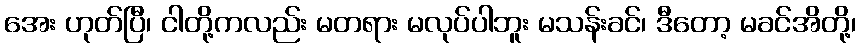
အေး ဟုတ်ပြီ၊ ငါတို့ကလည်း မတရား မလုပ်ပါဘူး မသန်းခင်၊ ဒီတော့ မခင်အိတို့၊